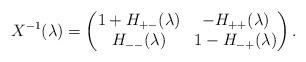
LaTeX: \begin{align*}X^{-1}(\lambda)=\begin{pmatrix}1+H_{+-}(\lambda) & -H_{++}(\lambda) \\H_{--}(\lambda) & 1 - H_{-+}(\lambda)\end{pmatrix}.\end{align*}